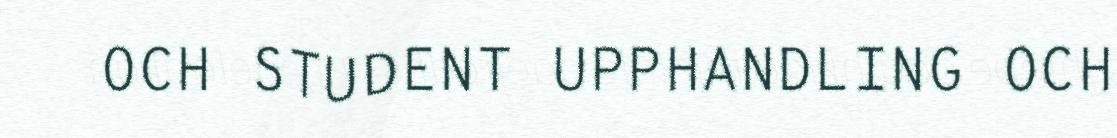
OCH STUDENT UPPHANDLING OCH